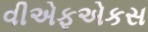
વીએફએકસ